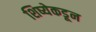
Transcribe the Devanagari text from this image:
शिष्येकडून